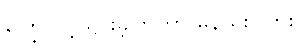
ကြွေလွင့်သွားခဲ့ကြတာ မနည်းပါဘူး။